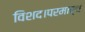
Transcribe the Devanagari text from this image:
विशद।परमार्थ